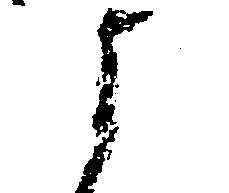
よ